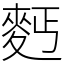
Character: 麫